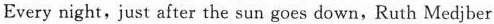
Every night,just after the sun goes down,Ruth Medjber